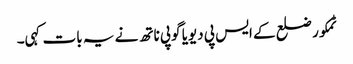
ٹمکور ضلع کے ایس پی دیویا گوپی ناتھ نے یہ بات کہی۔